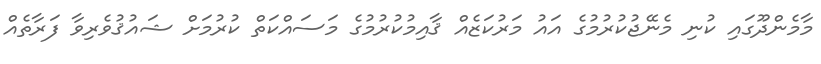
މާމެންދޫގައި ކުނި މެނޭޖުކުރުމުގެ އައު މަރުކަޒެއް ޤާއިމުކުރުމުގެ މަސައްކަތް ކުރުމަށް ޝައުޤުވެރިވާ ފަރާތެއް